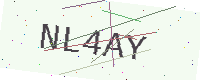
Text: NL4AY